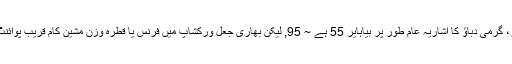
ایک چھوٹی فورج میں ہو یا گرمی ماخذ سے دور دور، گرمی دباؤ کا اشاریہ عام طور پر بیاہایر 55 ہے ~ 95, لیکن بھاری جعل ورکشاپ میں فرنس یا قطرہ وزن مشین کام قریب پوائنٹ کے طور پر 150 بلندی تک ہو سکتا ہے ~ 190 ۔